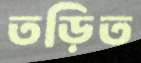
তড়িত